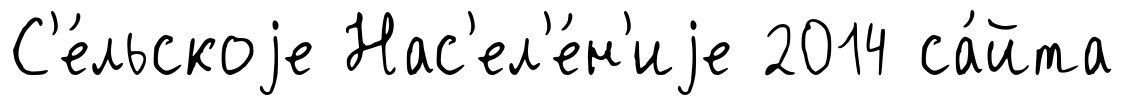
С'е́льскоjе Нас'ел'е́н'иjе 2014 са́йта